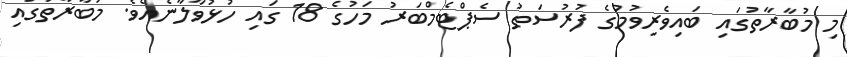
މި މުބާރާތުގައި ބައިވެރިވުމުގެ ފުރުސަތު ސެޕްޓެމްބަރު މަހުގެ 18 ގައި ހުޅުވާލާނެއެވެ. މުބާރާތުގައި